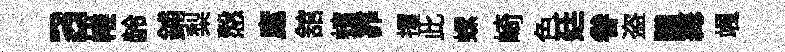
a帷龄鋪梨慤庬舘蠙靠攫此螺崎色廷眷盗購篝颯